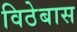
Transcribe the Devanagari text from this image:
विठेबास